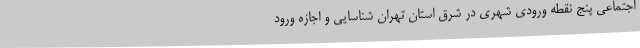
اجتماعی پنج نقطه ورودی شهری در شرق استان تهران شناسایی و اجازه ورود